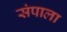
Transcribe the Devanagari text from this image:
संपाला